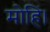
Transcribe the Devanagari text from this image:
मोहिं।